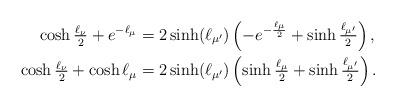
LaTeX: \begin{align*}\cosh\tfrac{\ell_\nu}{2}+e^{-\ell_\mu}&=2\sinh(\ell_{\mu'})\left(-e^{-\frac{\ell_\mu}{2}}+\sinh\tfrac{\ell_{\mu'}}{2}\right),\\\cosh\tfrac{\ell_\nu}{2}+\cosh\ell_\mu&=2\sinh(\ell_{\mu'})\left(\sinh\tfrac{\ell_\mu}{2}+\sinh\tfrac{\ell_{\mu'}}{2}\right).\end{align*}